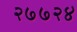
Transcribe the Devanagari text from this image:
२७७२४